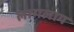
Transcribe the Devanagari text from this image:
लागलाय